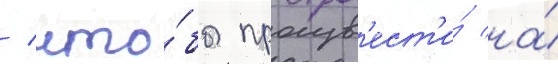
/ что́бы произв'ест'и́ на́